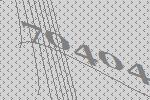
70404